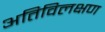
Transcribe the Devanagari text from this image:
अतिविलक्षण